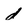
Character: d